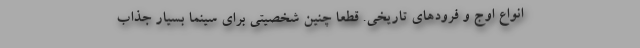
انواع اوج و فرودهای تاریخی. قطعا چنین شخصیتی برای سینما بسیار جذاب